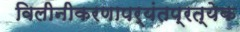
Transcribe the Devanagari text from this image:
विलीनीकरणापर्यंतप्रत्येक